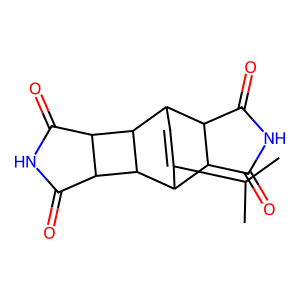
SMILES: CC(C)C1=CC2C3C(=O)NC(=O)C3C1C1C3C(=O)NC(=O)C3C21
Inhibits HIV replication: No